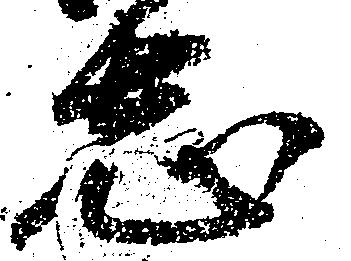
志